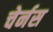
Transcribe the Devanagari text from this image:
चेर्नस